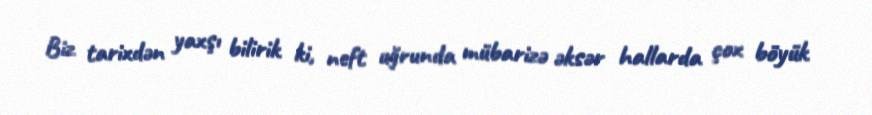
Biz tarixdən yaxşı bilirik ki, neft uğrunda mübarizə əksər hallarda çox böyük